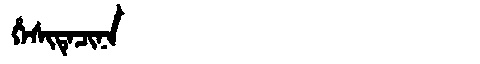
Manchu: ᡥᡝᠰᡳᡨᡝᠴᡳᠨᠠ
Romanization: HESITECINA